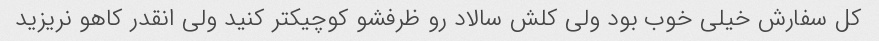
کل سفارش خیلی خوب بود ولی کلش سالاد رو ظرفشو کوچیکتر کنید ولی انقدر کاهو نریزید